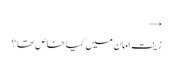
→
زینت امان میں کیا خاص تھا ؟